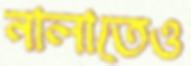
নালাতেও